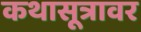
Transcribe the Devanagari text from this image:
कथासूत्रावर